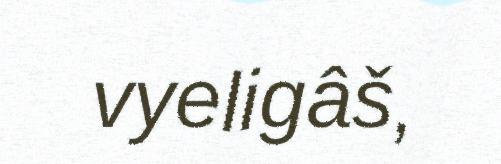
vyeligâš,